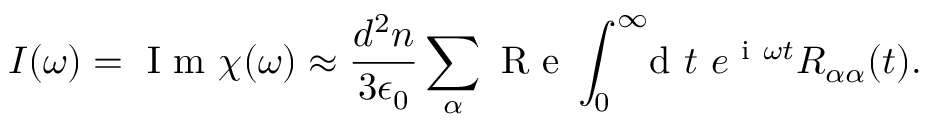
I ( \omega ) = \ensuremath { \mathrm { ~ I ~ m ~ } } \chi ( \omega ) \approx \frac { d ^ { 2 } n } { 3 \epsilon _ { 0 } } \sum _ { \alpha } \ensuremath { \mathrm { ~ R ~ e ~ } } \int _ { 0 } ^ { \infty } \! \! \! \ensuremath { \mathrm { ~ d ~ } } t \ e ^ { \ensuremath { \mathrm { ~ i ~ } } \omega t } R _ { \alpha \alpha } ( t ) .